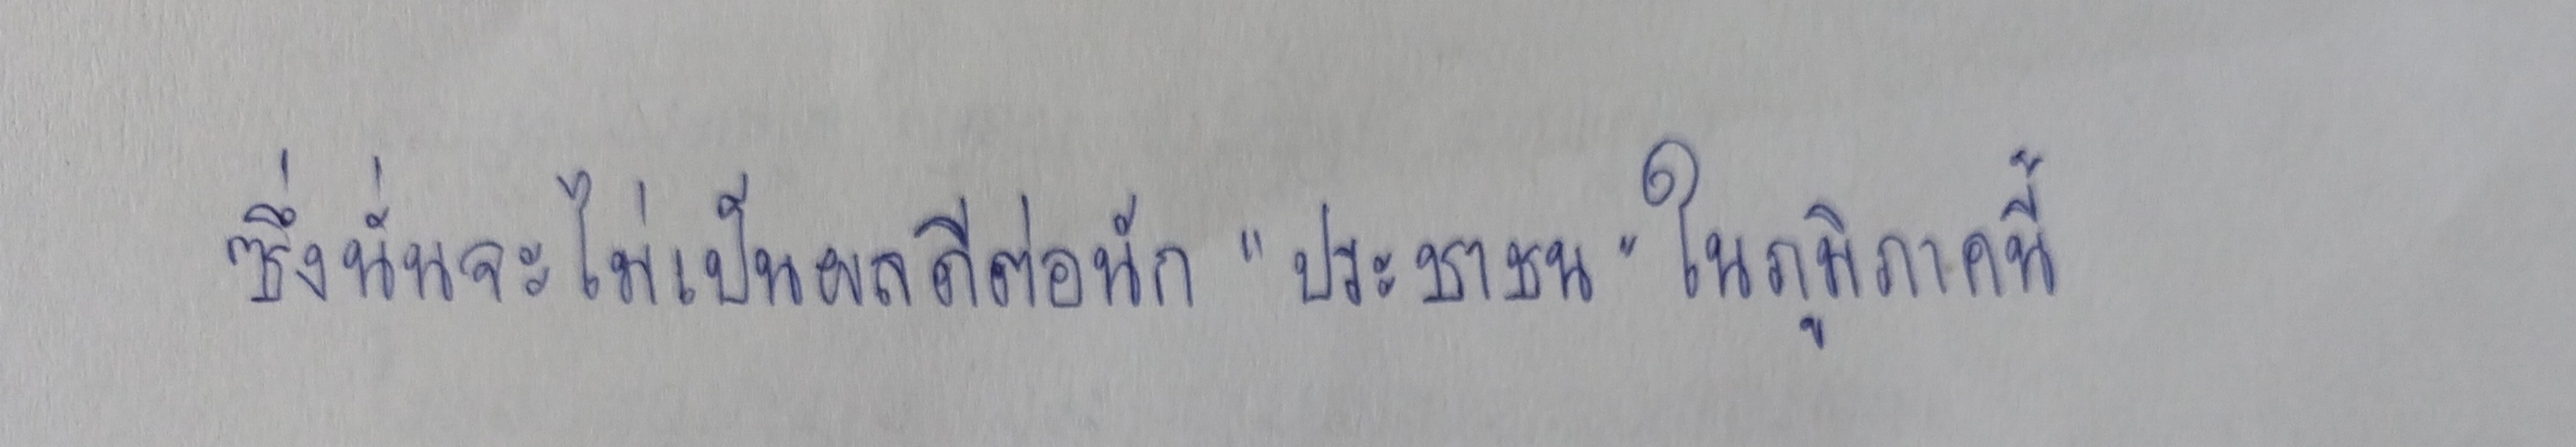
ซึ่งนั่นจะไม่เป็นผลดีนักต่อ"ประชาชน"ในภูมิภาคนี้